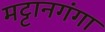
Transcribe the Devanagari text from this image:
मट्टानगंगा